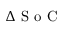
\Delta \textrm { S o C }